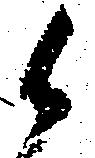
候